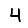
Digit: 4